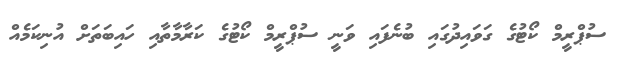
ސުޕްރީމް ކޯޓުގެ ގަވައިދުގައި ބުނެފައި ވަނީ ސުޕްރީމް ކޯޓުގެ ކަރާމާތާއި ހައިބަތަށް އުނިކަމެއް